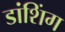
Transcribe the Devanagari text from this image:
डांशिंग